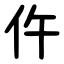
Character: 仵